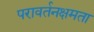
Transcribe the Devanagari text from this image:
परावर्तनक्षमता